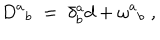
LaTeX: D ^ { a } { } _ { b } \; = \; \delta _ { b } ^ { a } d + \omega ^ { a } { } _ { b } \; ,